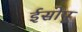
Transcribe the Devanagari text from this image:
ईसोपू